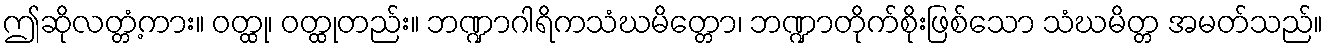
ဤဆိုလတ္တံ့ကား။ ဝတ္ထု၊ ဝတ္ထုတည်း။ ဘဏ္ဍာဂါရိကသံဃမိတ္တော၊ ဘဏ္ဍာတိုက်စိုးဖြစ်သော သံဃမိတ္တ အမတ်သည်။